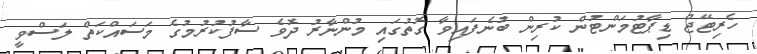
ހެރިޓޭޖް ޑިޕާޓުމަންޓުން ކުރިން ބުނެފައިވާ ގޮތުގައި މުންނާރު ދޮވެ ސާފުކުރުމުގެ މަސައްކަތް ލަސްވީ